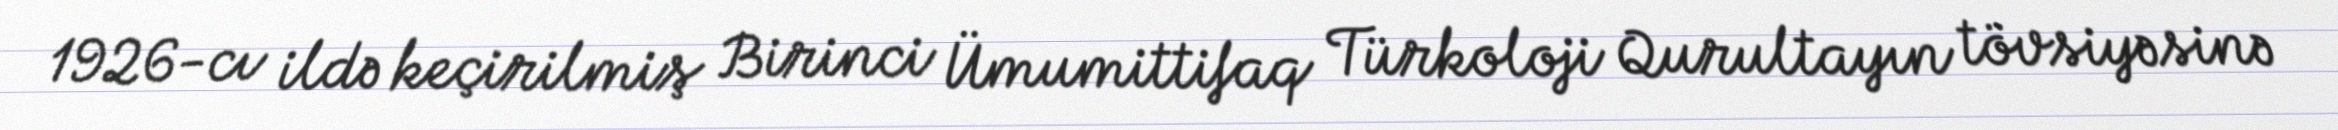
1926-cı ildə keçirilmiş Birinci Ümumittifaq Türkoloji Qurultayın tövsiyəsinə